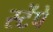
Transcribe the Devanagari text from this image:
स्टेंपे